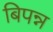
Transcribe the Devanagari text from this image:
बिपन्न